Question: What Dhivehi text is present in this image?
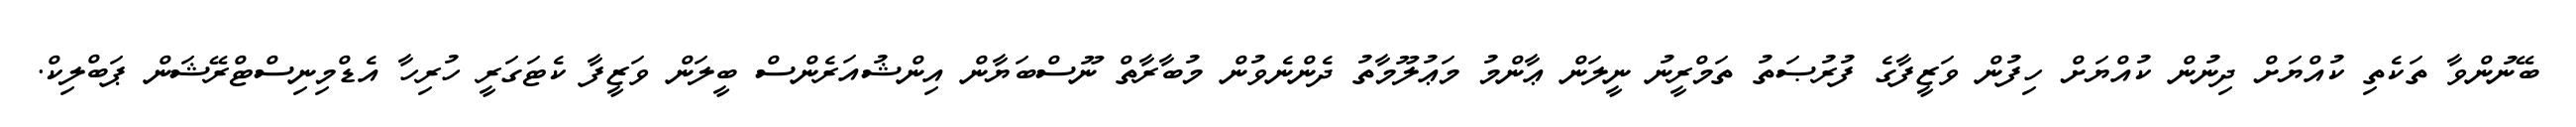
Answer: ބޭނުންވާ ތަކެތި ކުއްޔަށް ދިނުން ކުއްޔަށް ހިފުން ވަޒީފާގެ ފުރުޞަތު ތަމްރީނު ނީލަން ޢާންމު މަޢުލޫމާތު ދެންނެވުން މުބާރާތް ނޫސްބަޔާން އިންޝުއަރެންސް ބީލަން ވަޒީފާ ކެޓަގަރީ ހުރިހާ އެޑްމިނިސްޓްރޭޝަން ޕަބްލިކް.